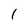
Character: 1